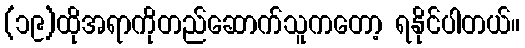
(၁၉)ထိုအရာကိုတည်ဆောက်သူကတော့ ရနိုင်ပါတယ်။